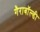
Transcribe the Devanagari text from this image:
गैराबॉल्डी